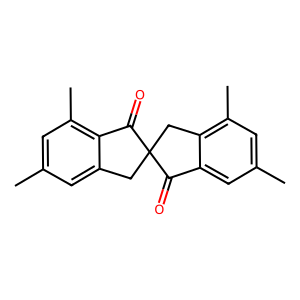
SMILES: Cc1cc(C)c2c(c1)CC1(Cc3c(C)cc(C)cc3C1=O)C2=O
Inhibits HIV replication: No